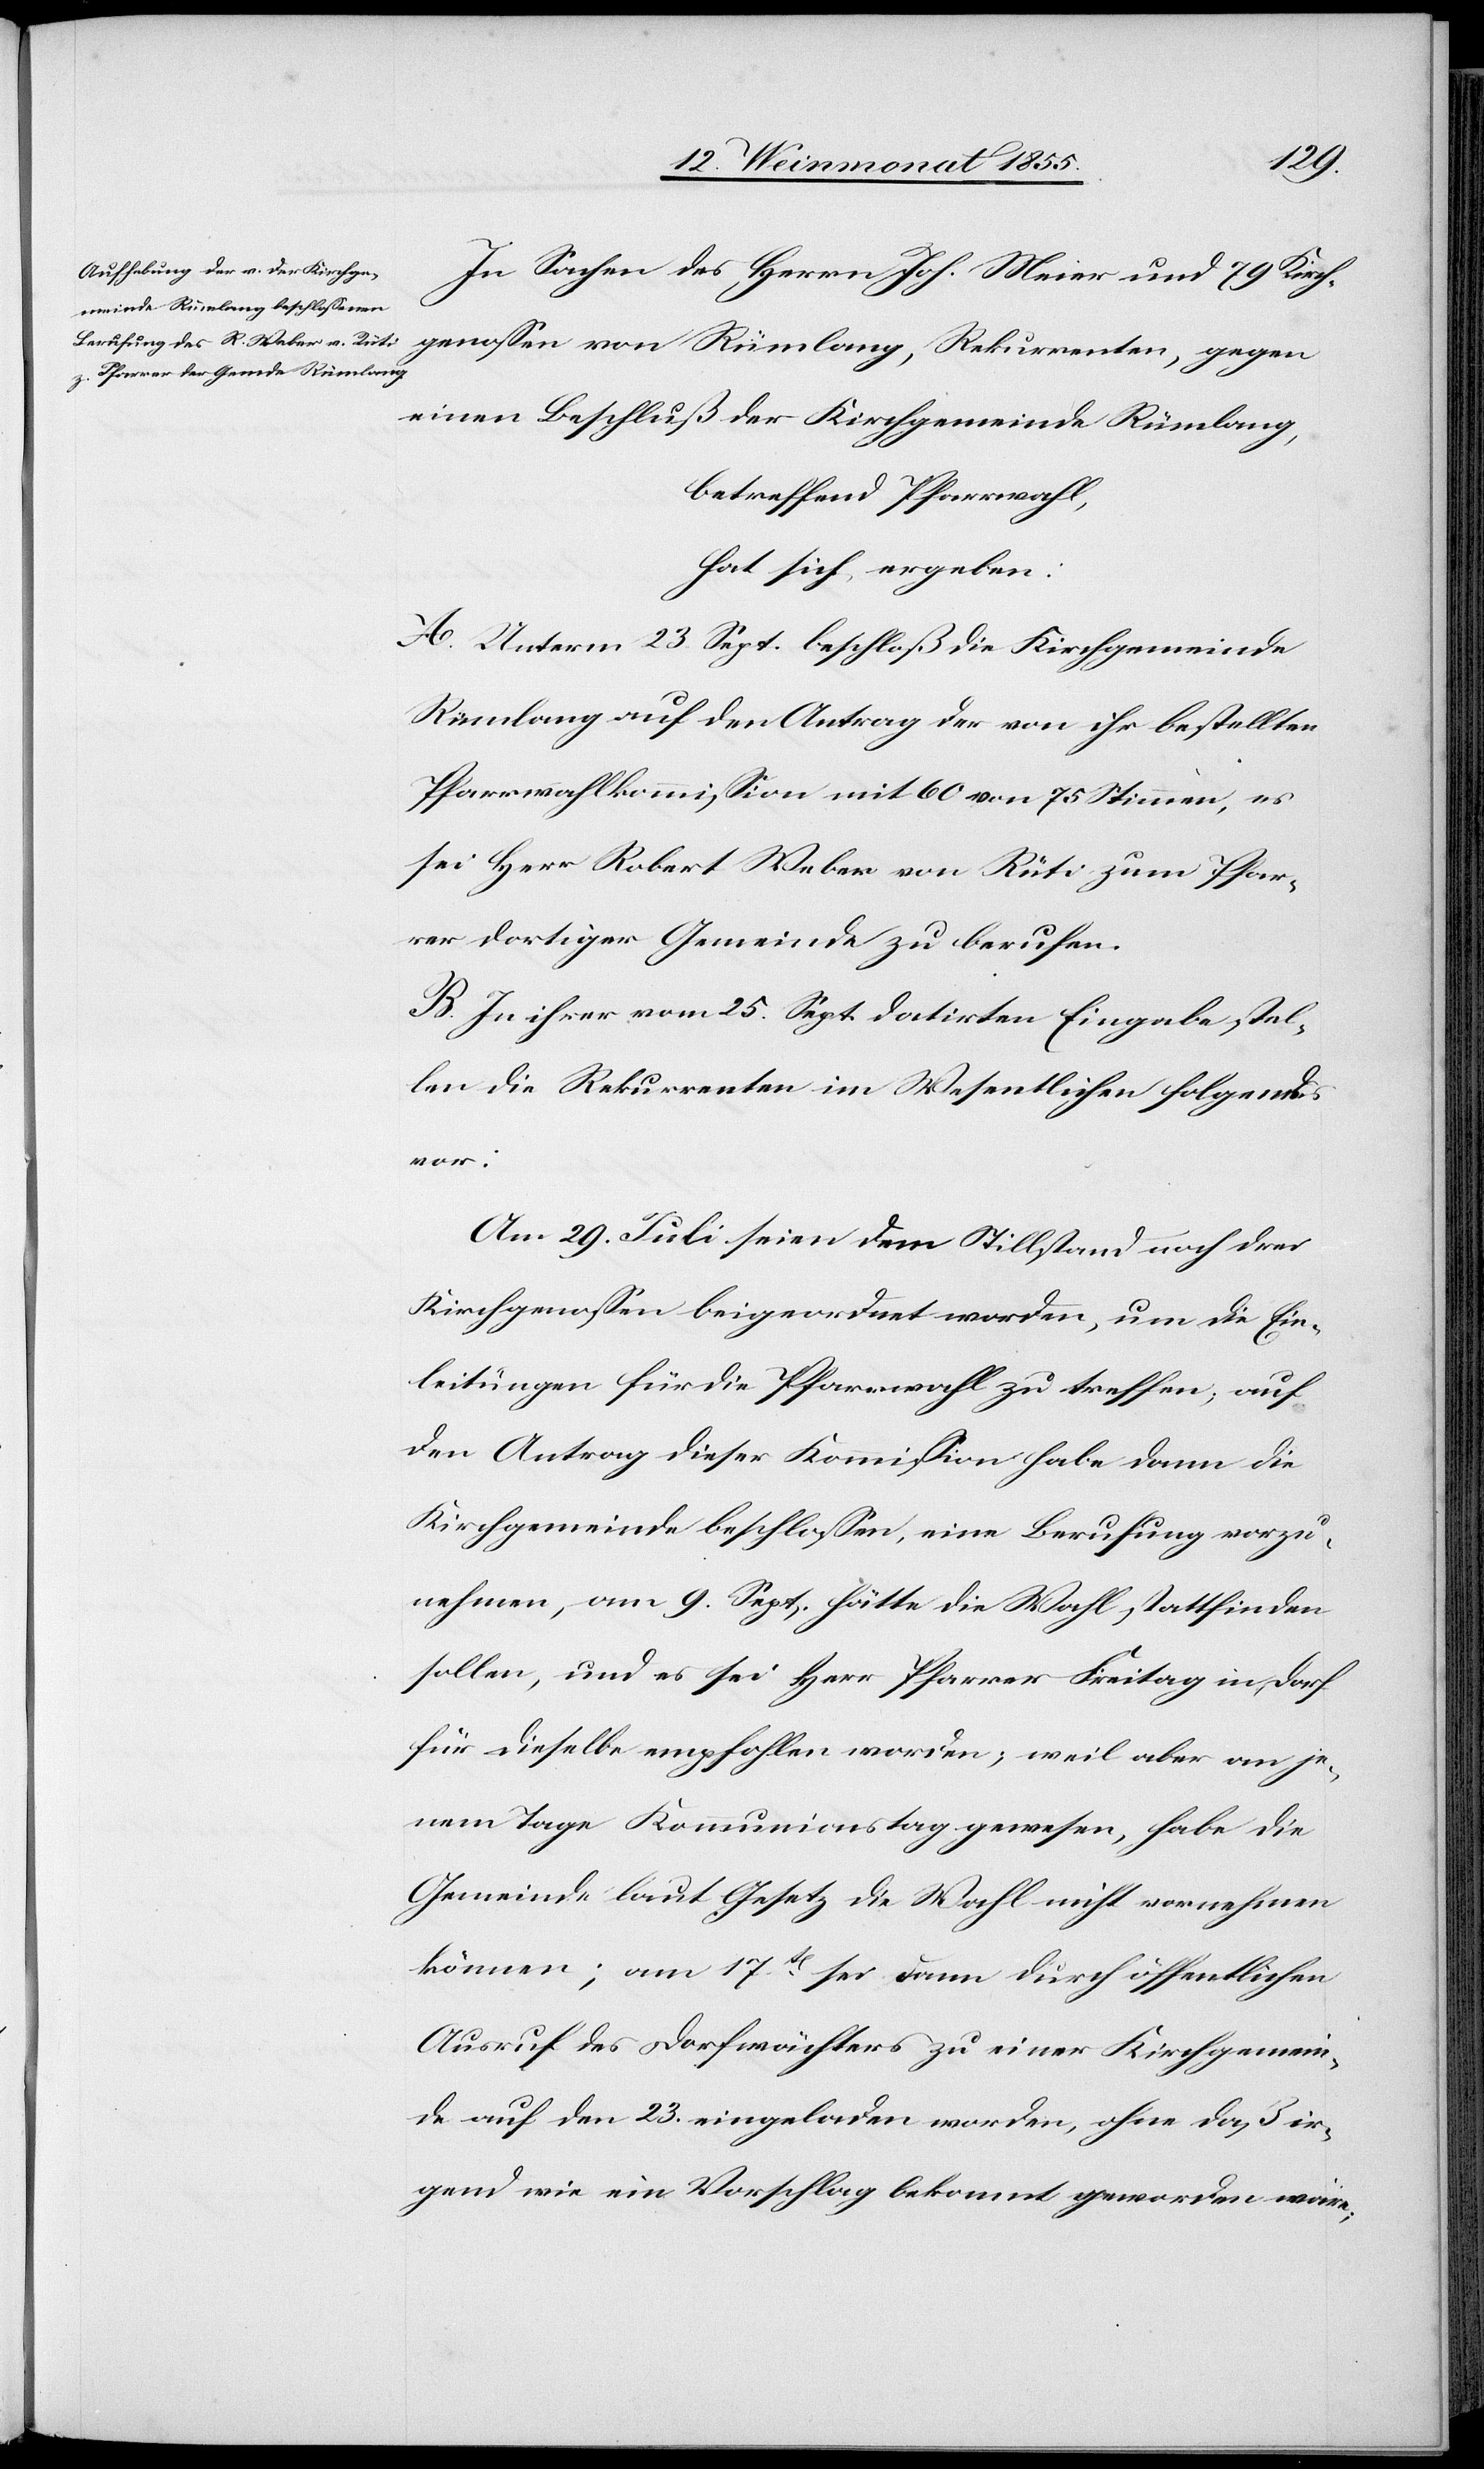
In Sachen des Herrn Joh. Meier und 79 Kirch¬
genossen von Rümlang, Rekurrenten, gegen
einen Beschluß der Kirchgemeinde Rümlang,
betreffend Pfarrwahl,
hat sich ergeben:
A. Unterm 23. Sept. beschloß die Kirchgemeinde
Rümlang auf den Antrag der von ihr bestellten
Pfarrwahlkommission mit 60 von 75 Stimmen, es
sei Herr Robert Weber von Rüti zum Pfar¬
rer dortiger Gemeinde zu berufen.
B. In ihrer vom 25. Sept. datirten Eingabe stel¬
len die Rekurrenten im Wesentlichen folgendes
vor:
Am 29. Juli seien dem Stillstand noch drei
Kirchgenossen beigeordnet worden, um die Ein¬
leitungen für die Pfarrwahl zu treffen, auf
den Antrag dieser Kommission habe dann die
Kirchgemeinde beschlossen, eine Berufung vorzu¬
nehmen, am 9. Sept. hätte die Wahl stattfinden
sollen, und es sei Herr Pfarrer Freitag in Dorf
für dieselbe empfohlen worden; weil aber an je¬
nem Tage Kommunionstag gewesen, habe die
Gemeinde laut Gesetz die Wahl nicht vornehmen
können; am 17t sei dann durch öffentlichen
Ausruf des Dorfwächters zu einer Kirchgemein¬
de auf den 23. eingeladen worden, ohne daß ir¬
gend wie ein Vorschlag bekannt geworden wäre;